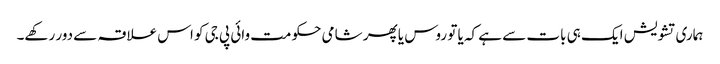
ہماری تشویش ایک ہی بات سے ہے کہ یا تو روس یا پھر شامی حکومت وائی پی جی کو اس علاقہ سے دور رکھے۔